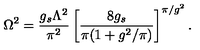
\Omega ^ { 2 } = \frac { g _ { s } \Lambda ^ { 2 } } { \pi ^ { 2 } } \left[ \frac { 8 g _ { s } } { \pi ( 1 + g ^ { 2 } / \pi ) } \right] ^ { \pi / g ^ { 2 } } .